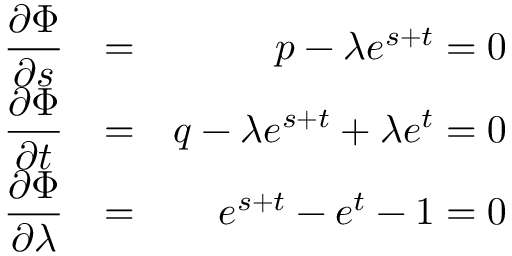
\begin{array} { r l r } { \displaystyle \frac { \partial \Phi } { \partial s } } & { = } & { p - \lambda e ^ { s + t } = 0 } \\ { \displaystyle \frac { \partial \Phi } { \partial t } } & { = } & { q - \lambda e ^ { s + t } + \lambda e ^ { t } = 0 } \\ { \displaystyle \frac { \partial \Phi } { \partial \lambda } } & { = } & { e ^ { s + t } - e ^ { t } - 1 = 0 } \end{array}